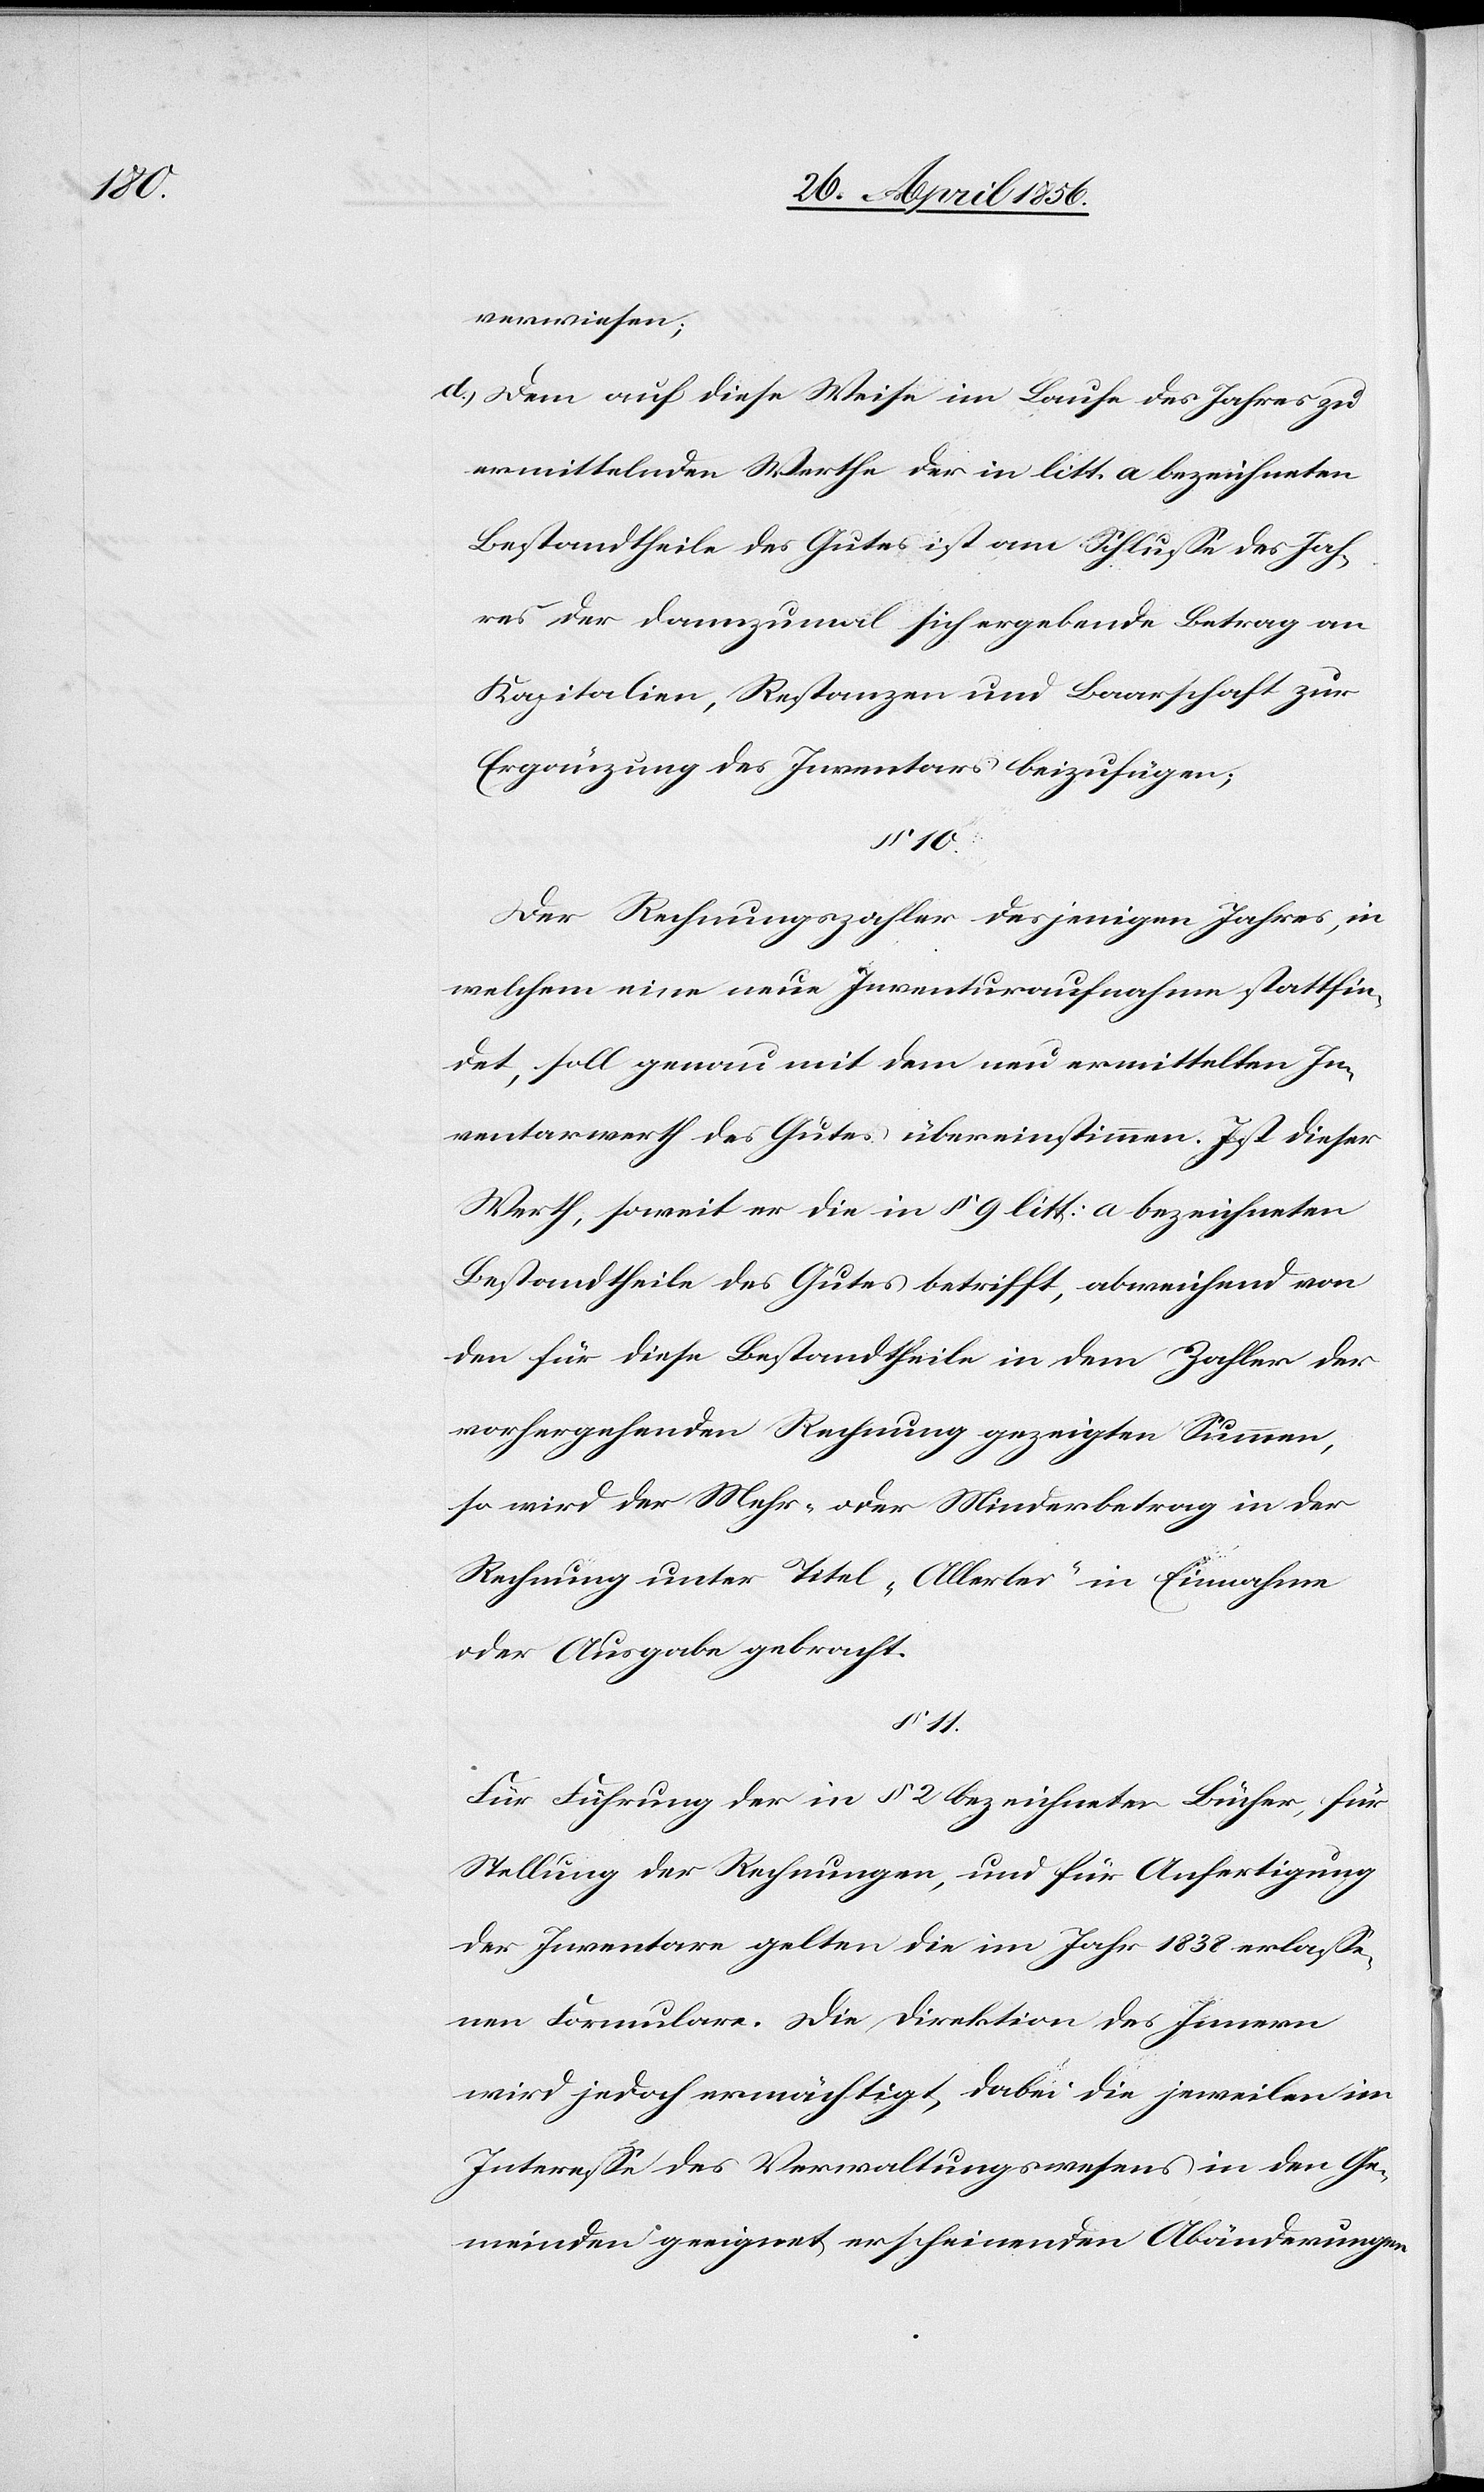
verwiesen;
d.) Dem auf diese Weise im Laufe des Jahres zu
ermittelnden Werthe der in litt. a bezeichneten
Bestandtheile des Gutes ist am Schlusse des Jah¬
res der dannzumal sich ergebende Betrag an
Kapitalien, Restanzen und Baarschaft zur
Ergänzung des Inventars beizufügen;
§ 10.
Der Rechnungszahler desjenigen Jahres, in
welchem eine neue Inventuraufnahme stattfin¬
det, soll genau mit dem neu ermittelten In¬
ventarwerth des Gutes übereinstimmen. Ist dieser
Werth, soweit er die in § 9 litt: a bezeichneten
Bestandtheile des Gutes betrifft, abweichend von
den für diese Bestandtheile in dem Zahler der
vorhergehenden Rechnung gezeigten Summen,
so wird der Mehr- oder Minderbetrag in der
Rechnung unter Titel „Allerlei“ in Einnahme
oder Ausgabe gebracht.
§ 11.
Für Führung der in § 2 bezeichneter Bücher, für
Stellung der Rechnungen, und für Anfertigung
der Inventare gelten die im Jahr 1838 erlasse¬
nen Formulare. Die Direktion des Innern
wird jedoch ermächtigt, dabei die jeweilen im
Interesse des Verwaltungswesens in den Ge¬
meinden geeignet erscheinenden Abänderungen